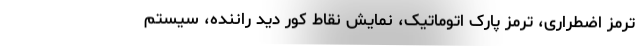
ترمز اضطراری، ترمز پارک اتوماتیک، نمایش نقاط کور دید راننده، سیستم